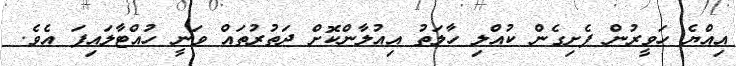
އިއްޔެ ހަވީރުން ފެށިގެން ކުއްލި ހާލަތު އިއުލާންކޮށް ދަތުރުތައް ވަނީ ހުއްޓާލަައިފަ އެވެ.